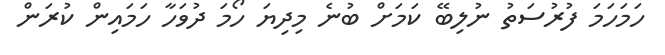
ހަމަހަމަ ފުރުސަތު ނުލިބޭ ކަމަށް ބުނެ މިދިޔަ ހޯމަ ދުވަހާ ހަމައިން ކުރަން